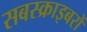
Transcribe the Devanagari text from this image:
सबस्क्राइबरों